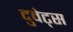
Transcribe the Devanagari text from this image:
दुवेट्स